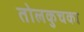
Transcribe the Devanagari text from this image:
तोलकुचका